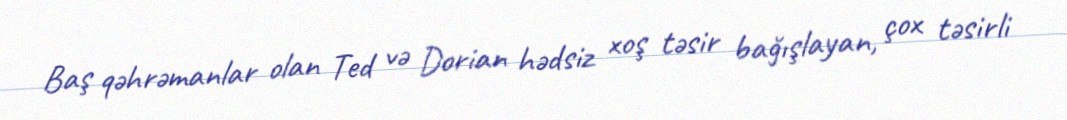
Baş qəhrəmanlar olan Ted və Dorian hədsiz xoş təsir bağışlayan, çox təsirli